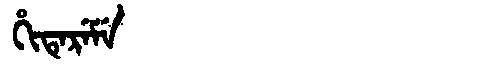
Manchu: ᡥᡳᡨᡝᡵᡝᠮᡝ
Romanization: HITEREME